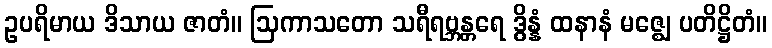
ဥပရိမာယ ဒိသာယ ဇာတံ။ ဩကာသတော သရီရဗ္ဘန္တရေ ဒွိန္နံ ထနာနံ မဇ္ဈေ ပတိဋ္ဌိတံ။